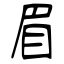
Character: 眉